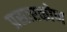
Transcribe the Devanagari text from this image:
प्रसारकोण